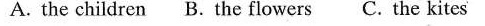
A. the children B. the flowers C. the kites